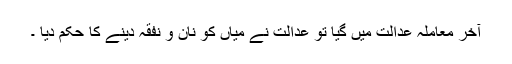
آخر معاملہ عدالت میں گیا تو عدالت نے میاں کو نان و نفقہ دینے کا حکم دیا ۔